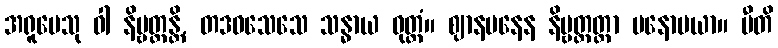
အရူပေသု ဝါ နိဗ္ဗတ္တန္တိ, တဒဝသေသေ သန္ဓာယ ဝုတ္တံ။ ဈာနမနေန နိဗ္ဗတ္တတ္တာ မနောမယာ။ ပီတိ